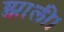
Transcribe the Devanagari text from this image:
झाली।